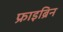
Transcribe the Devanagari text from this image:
फ्राइब्रिन